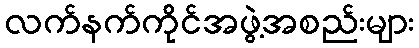
လက်နက်ကိုင်အဖွဲ့အစည်းများ